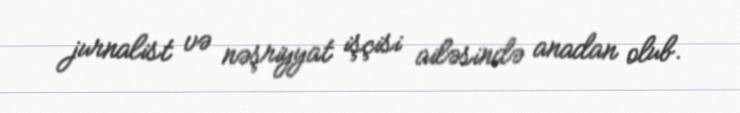
jurnalist və nəşriyyat işçisi ailəsində anadan olub.